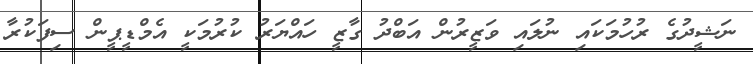
ނަޝީދުގެ ރުހުމަކައި ނުލައި ވަޒީރުން އަބްދު ގާޒީ ހައްޔަރު ކުރުމަކީ އެމްޑީޕީން ސިފަކުރާ